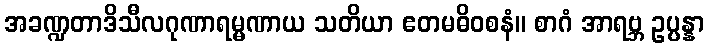
အခဏ္ဍတာဒိသီလဂုဏာရမ္မဏာယ သတိယာ ဧတမဓိဝစနံ။ စာဂံ အာရဗ္ဘ ဥပ္ပန္နာ